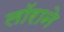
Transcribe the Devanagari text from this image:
लॉराने